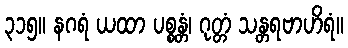
၃၁၅။ နဂရံ ယထာ ပစ္စန္တံ၊ ဂုတ္တံ သန္တရဗာဟိရံ။